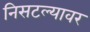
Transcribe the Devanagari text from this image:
निसटल्यावर